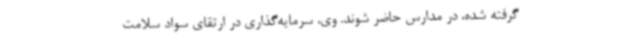
گرفته شده، در مدارس حاضر شوند. وی، سرمایه‌گذاری در ارتقای سواد سلامت